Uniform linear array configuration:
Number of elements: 4
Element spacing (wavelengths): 0.5
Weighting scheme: uniform
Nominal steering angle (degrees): -45
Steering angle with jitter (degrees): -43.418
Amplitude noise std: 0.05
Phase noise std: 0.05

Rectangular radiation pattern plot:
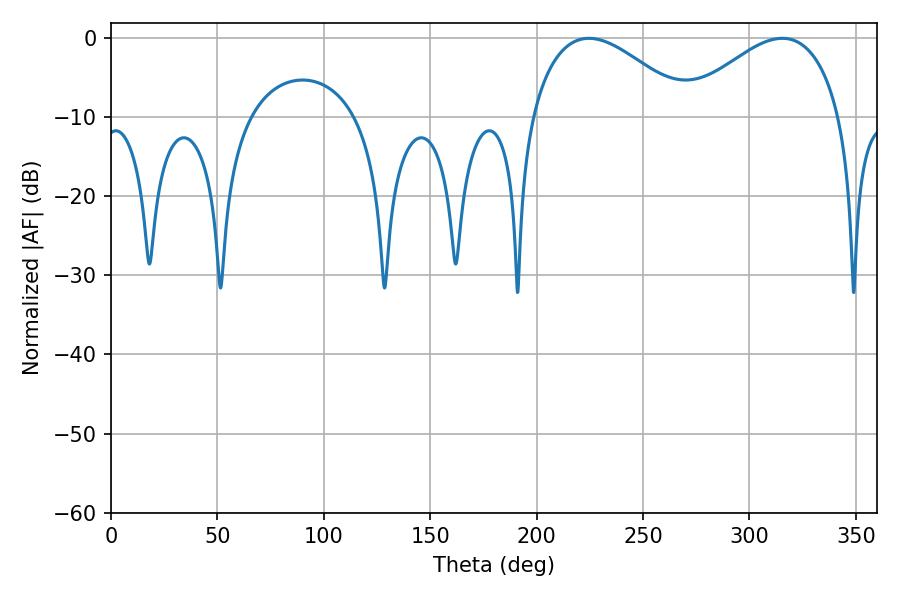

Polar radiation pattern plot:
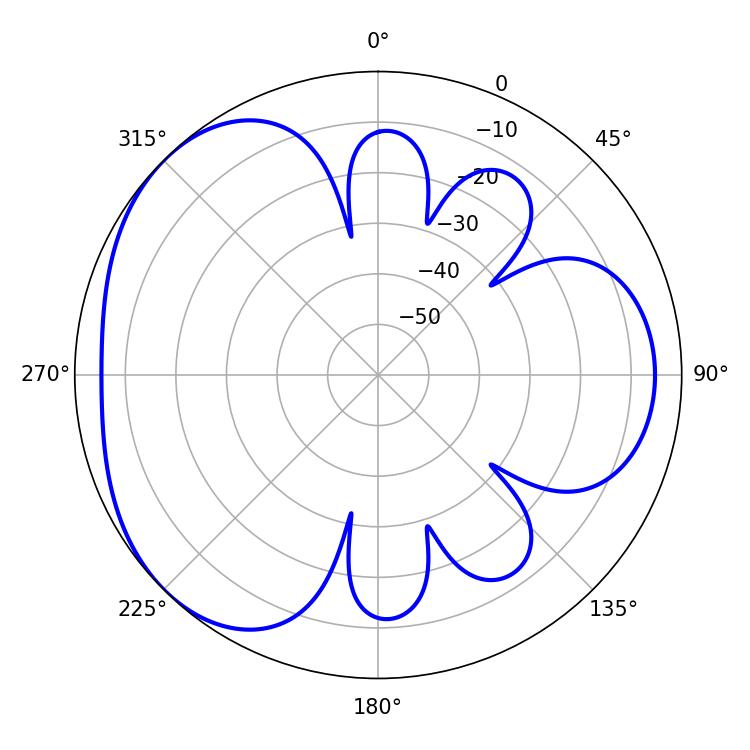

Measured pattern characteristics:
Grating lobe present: FALSE
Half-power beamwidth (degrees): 40.86
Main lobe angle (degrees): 224.64